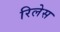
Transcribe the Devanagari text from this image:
रिलेस